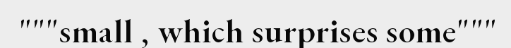
"""small , which surprises some"""